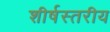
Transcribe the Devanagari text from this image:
शीर्षस्तरीय